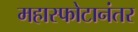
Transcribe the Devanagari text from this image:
महास्फोटानंतर